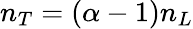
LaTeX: n_{T}=(\alpha-1)n_{L}